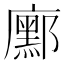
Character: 𭚆